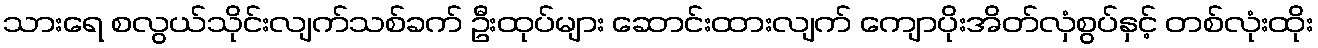
သားရေ စလွယ်သိုင်းလျက်သစ်ခက် ဦးထုပ်များ ဆောင်းထားလျက် ကျောပိုးအိတ်လှံစွပ်နှင့် တစ်လုံးထိုး